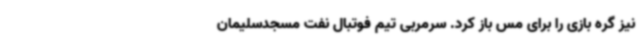
نیز گره بازی را برای مس باز کرد. سرمربی تیم فوتبال نفت مسجدسلیمان